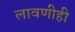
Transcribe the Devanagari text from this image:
लावणीही